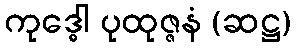
ကုဒ္ဓေါ ပုထုဇ္ဇနံ (ဆဋ္ဌ)